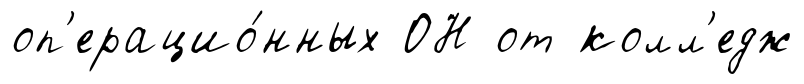
оп'ерацио́нных ОН от колл'едж